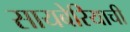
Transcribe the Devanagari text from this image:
सायबेरियाची